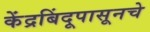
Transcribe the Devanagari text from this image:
केंद्रबिंदूपासूनचे